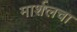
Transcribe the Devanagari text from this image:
मार्शलचा